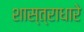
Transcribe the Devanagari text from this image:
शास्त्राधारे